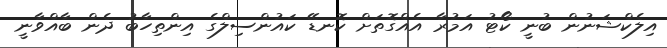
އިލެކްޝަނުން ބުނީ ކޯޓު އަމުރާ އެއްގޮތަށް ކޮނޑޭ ކައުންސިލްގެ އިންތިހާބު ދެން ބާއްވާނީ